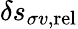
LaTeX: \delta s_{\sigma v,\mathrm{rel}}